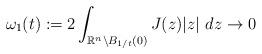
LaTeX: \begin{align*}\omega_{1}(t):=2\int_{\mathbb{R}^{n}\setminus B_{1/t}(0)}J(z)|z|~dz\rightarrow0 \end{align*}